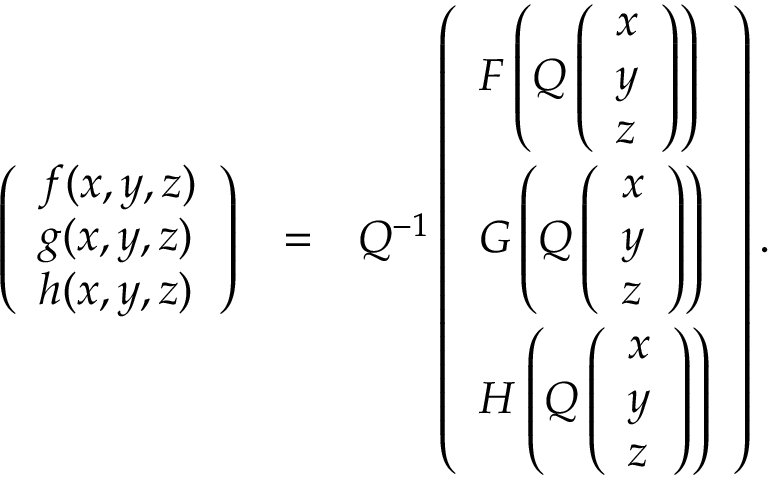
\begin{array} { r l r } { \left( \begin{array} { l } { f ( x , y , z ) } \\ { g ( x , y , z ) } \\ { h ( x , y , z ) } \end{array} \right) } & { = } & { Q ^ { - 1 } \left( \begin{array} { l } { F \left( Q \left( \begin{array} { l } { x } \\ { y } \\ { z } \end{array} \right) \right) } \\ { G \left( Q \left( \begin{array} { l } { x } \\ { y } \\ { z } \end{array} \right) \right) } \\ { H \left( Q \left( \begin{array} { l } { x } \\ { y } \\ { z } \end{array} \right) \right) } \end{array} \right) . } \end{array}